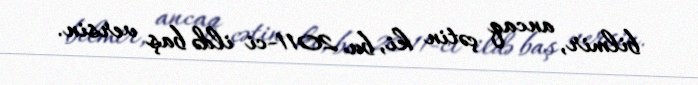
bilmir, ancaq çətin ki, bu 2011-ci ildə baş versin.